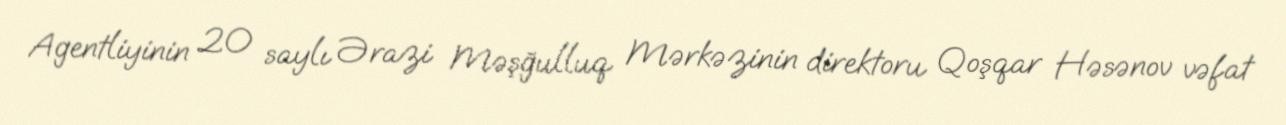
Agentliyinin 20 saylı Ərazi Məşğulluq Mərkəzinin direktoru Qoşqar Həsənov vəfat